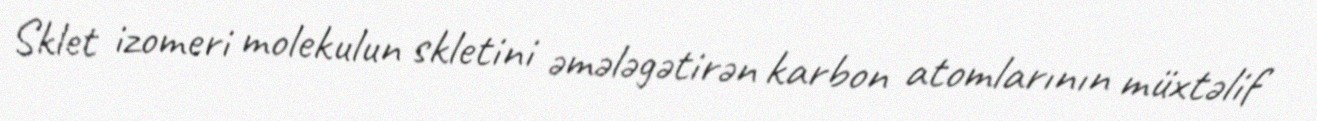
Sklet izomeri molekulun skletini əmələgətirən karbon atomlarının müxtəlif